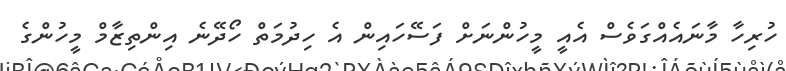
ހުރިހާ މާނައެއްގަވެސް އެއީ މީހުންނަށް ފަސޭހައިން އެ ހިދުމަތް ހޯދޭނެ އިންތިޒާމް މީހުންގެ